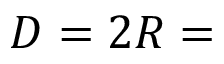
D = 2 R =